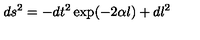
d s ^ { 2 } = - d t ^ { 2 } \exp ( - 2 \alpha l ) + d l ^ { 2 }